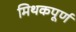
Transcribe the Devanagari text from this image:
मिथकपूर्ण